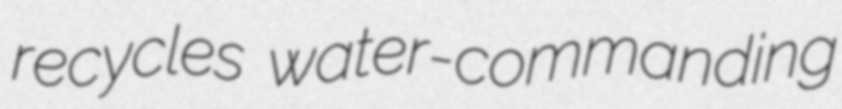
recycles water-commanding